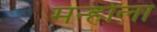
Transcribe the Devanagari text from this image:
मन्होला